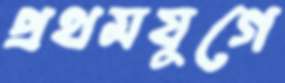
প্রথমযুগে